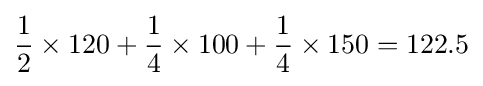
{1 \over 2}\times 120+{1 \over 4}\times 100+{1 \over 4}\times 150=122.5